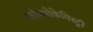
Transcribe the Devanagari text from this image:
कॉस्मोकेमिस्ट्री